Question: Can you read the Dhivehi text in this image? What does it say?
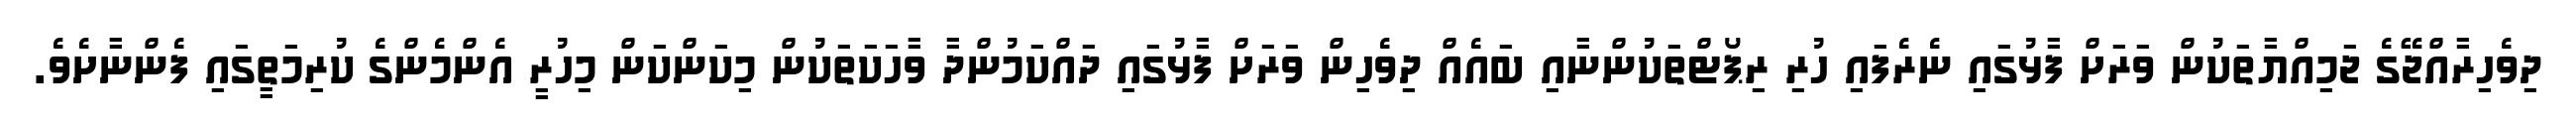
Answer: ދިވެހިރާއްޖޭގެ ޖަމިއްޔާތަކުން ވަރަށް ފާޅުގައި ނެރެފައި ހުރި ރިޕޯޓްތަކުންނާއި ބައެއް ދިވެހިން ވަރަށް ފާޅުގައި ދައްކަމުންދާ ވާހަކަތަކުން މިކަންކަން މިހުރީ އެންމެންގެ ކުރިމަތީގައި ފެންނާށެވެ.